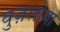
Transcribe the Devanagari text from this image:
वुज़लोबा